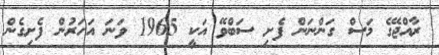
ރާއްޖޭގެ މަސް ގަންނަން ފެށި ސަބްވޭ އަކީ 1965 ވަނަ އަހަރުން ފެށިގެން